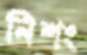
নিশং